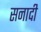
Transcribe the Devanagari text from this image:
सनादी